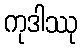
ကုဒါဿု